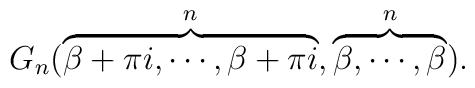
G_n(\overbrace{\beta+\pi i,\cdots,\beta+\pi i}^n,\overbrace{\beta,\cdots,\beta}^n).